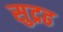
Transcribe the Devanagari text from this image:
सुद्रढ